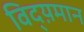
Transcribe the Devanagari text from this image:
विद्य़मान